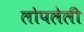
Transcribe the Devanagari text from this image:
लोपलेली